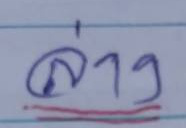
ล่าง